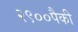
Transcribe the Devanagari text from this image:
२९००पैकी